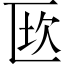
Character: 𠥈